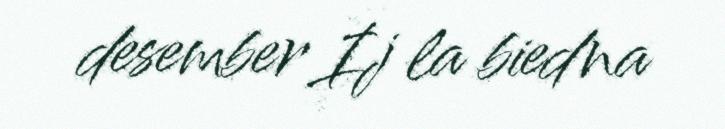
desember Ij la biedna